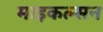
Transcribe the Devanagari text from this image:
माइकल्सन